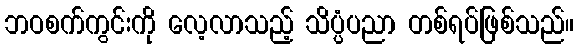
ဘဝစက်ကွင်းကို လေ့လာသည့် သိပ္ပံပညာ တစ်ရပ်ဖြစ်သည်။